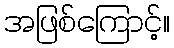
အဖြစ်ကြောင့်။